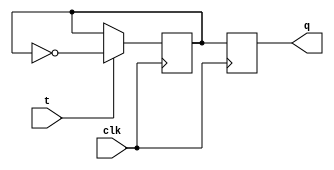
module t_flipflop (
    input clk,
    input t,
    output reg q
);

reg q_int;

// Master flip-flop
always @(posedge clk) begin
    if (t) begin
        q_int <= ~q_int;
    end
end

// Slave flip-flop
always @(posedge clk) begin
    q <= q_int;
end

endmodule